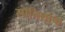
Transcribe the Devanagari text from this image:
स्पॅनिशांचा